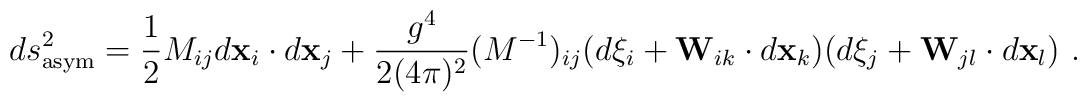
ds^2_{\rm asym} =        \frac{1}{2}M_{ij}d{\bf x}_i\cdot d{\bf x}_j+\frac{g^4}{2(4\pi)^2}(M^{-1})_{ij}(d\xi_i+{\bf W}_{ik}\cdot d{\bf x}_k)(d\xi_j+{\bf W}_{jl}\cdot d{\bf x}_l) \,\, .